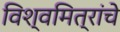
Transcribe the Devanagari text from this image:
विश्वमित्रांचे